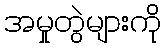
အမှုတွဲများကို